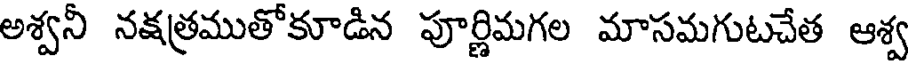
అశ్వనీ నక్షత్రముతోకూడిన పూర్ణిమగల మాసమగుటచేత ఆశ్వ